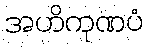
အဟိကုဏပံ